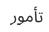
تأمور